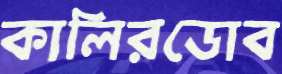
কালিরডোব